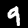
Label: 9